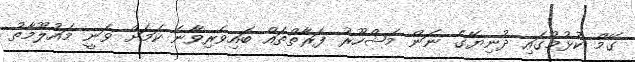
ގޭމް ކުޅުމުގައި ދުނިޔޭގެ ނަން މަޝްހޫރު ފަރާތްތައް ބައިވެރިވާނެ ކަމަށް ވަނީ މައުލޫމާތު